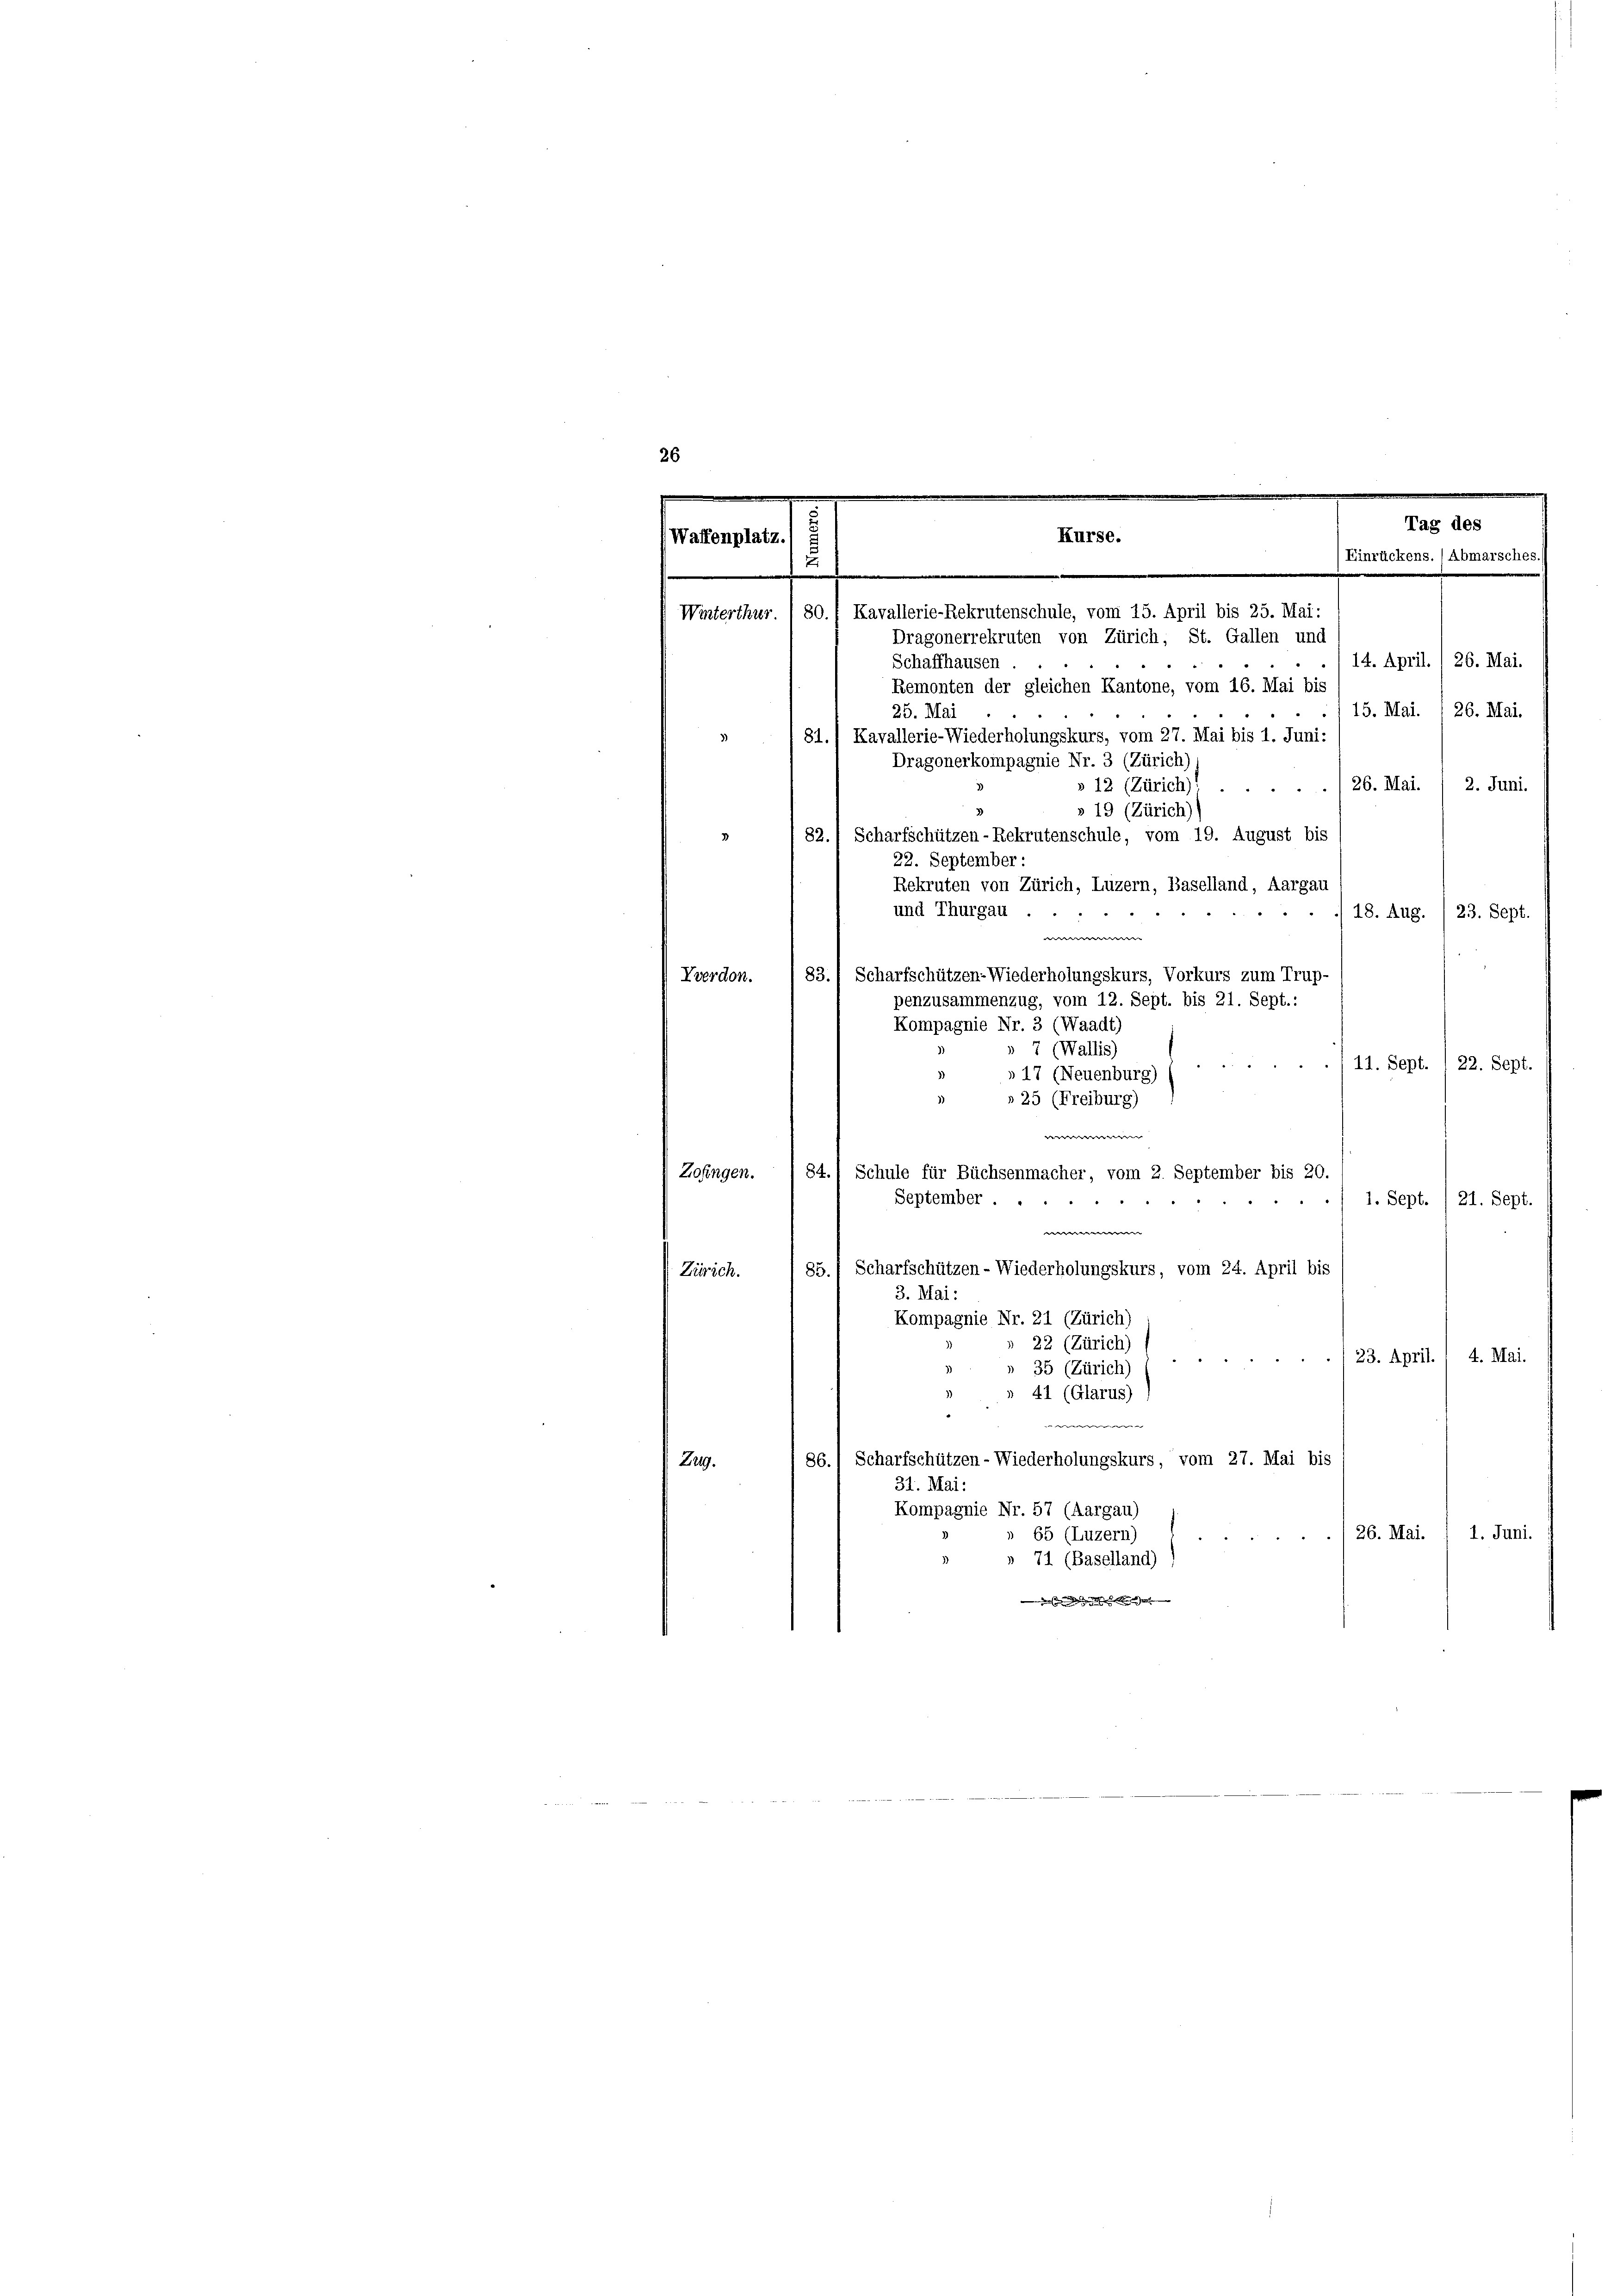
e
26

Schaffhausen
14. April. / 26. Mai.
Remonten der gleichen Kantone, vom 16. Mai bis
25. Mai
15. Mai. 1 26. Mai.
81.) Kavallerie-Wiederholungskurs, vom 27. Mai bis 1. Juni:
3.)
Dragonerkompagnie Nr. 3 (Zürich)
26. Mai.
2. Juni.
» 12 (Zürich)
» 19 (Zürich)
82.) Scharfschützen-Rekrutenschule, vom 19. August bis
22. September:
Rekruten von Zürich, Luzern, Baselland, Aargau
und Thurgau
18. Aug. /23. Sept.
e
83.) Scharfschützen-Wiederholungskurs, Vorkurs zum Trup-
Vverdon.
penzusammenzug, vom 12. Sept. bis 21. Sept.:
Kompagnie Nr. 3 (Waadt)
7 (Wallis)
11. Sept. 122. Sept.
» 17 (Neuenburg)
» 25 (Freiburg)
e
Zofingen.
84.) Schule für Büchsenmacher, vom 2. September bis 20.
September.
d
1. Sept./21. Sept.
 |
85.) Scharfschützen - Wiederholungskurs, vom 24. April bis
Zürich.
3. Mai:
Kompagnie Nr. 21 (Zürich)
22 (Zürich)
/23. April. / 4. Mai.
3
35 (Zürich)
41 (Glarus)
e
86.) Scharfschützen - Wiederholungskurs, vom 27. Mai bis
Zug.
31. Mai:
Kompagnie Nr. 57 (Aargau)
 26. Mai.
1. Juni.
65 (Luzern)

71 (Baselland)
 des des er e

e
.
Tag des
Kurse.
Waffenplatz
Einrückens. (Abmarsches

.
Kavallerie-Rekrutenschule, vom 15. April bis 25. Mai:
Winterthur. ) 80.
Dragonerrekruten von Zürich, St. Gallen und